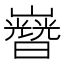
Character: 𡾡